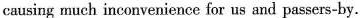
causing much inconvenience for us and passers-by.